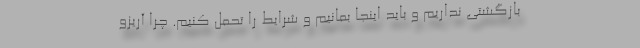
بازگشتی نداریم و باید اینجا بمانیم و شرایط را تحمل کنیم. چرا آریزو